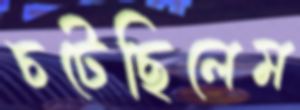
চটেছিলেম